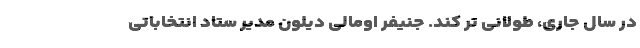
در سال جاری، طولانی تر کند. جنیفر اومالی دیلون مدیر ستاد انتخاباتی